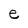
Character: e